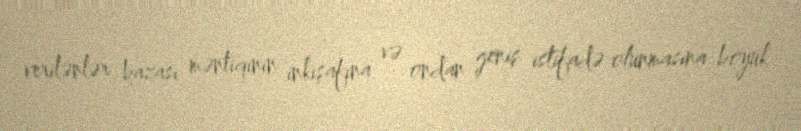
verilənlər bazası məntiqinin inkişafına və ondan geniş istifadə olunmasına böyük